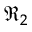
\Re _ { 2 }